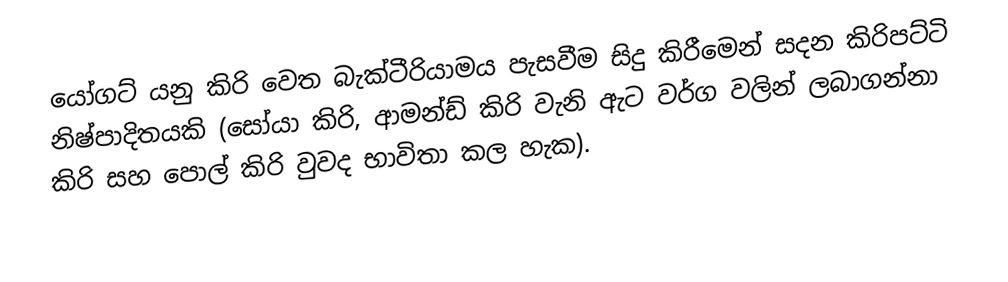
යෝගට්  යනු  කිරි වෙත බැක්ටීරියාමය  පැසවීම සිදු කිරීමෙන් සදන කිරිපට්ටි නිෂ්පාදිතයකි (සෝයා කිරි, ආමන්ඩ් කිරි වැනි ඇට වර්ග වලින් ලබාගන්නා කිරි සහ පොල් කිරි වුවද භාවිතා කල හැක).